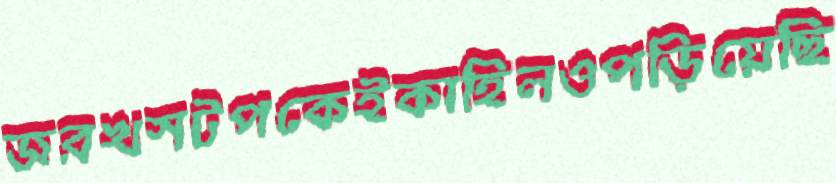
জরখসটপকেইকাহিলওপড়িয়েছি